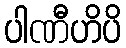
ပါဏီဟိပိ